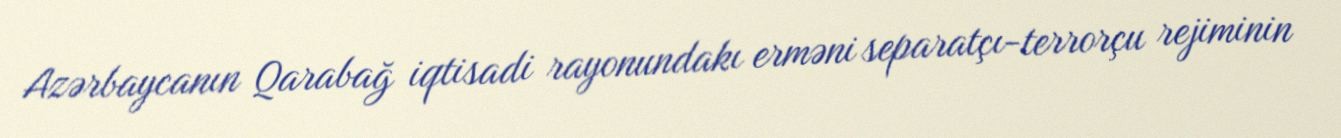
Azərbaycanın Qarabağ iqtisadi rayonundakı erməni separatçı-terrorçu rejiminin